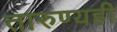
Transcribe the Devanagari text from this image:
तारुण्यही